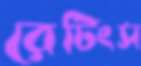
রেটিংস